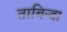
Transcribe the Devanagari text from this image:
ताबिन्दा